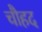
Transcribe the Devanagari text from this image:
चौहद